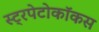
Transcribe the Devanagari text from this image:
स्ट्रपेटोकॉकस